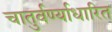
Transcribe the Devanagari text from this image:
चातुर्वर्ण्याधारित